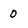
Character: 0